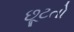
છૂટતો